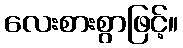
လေးစားစွာဖြင့်။